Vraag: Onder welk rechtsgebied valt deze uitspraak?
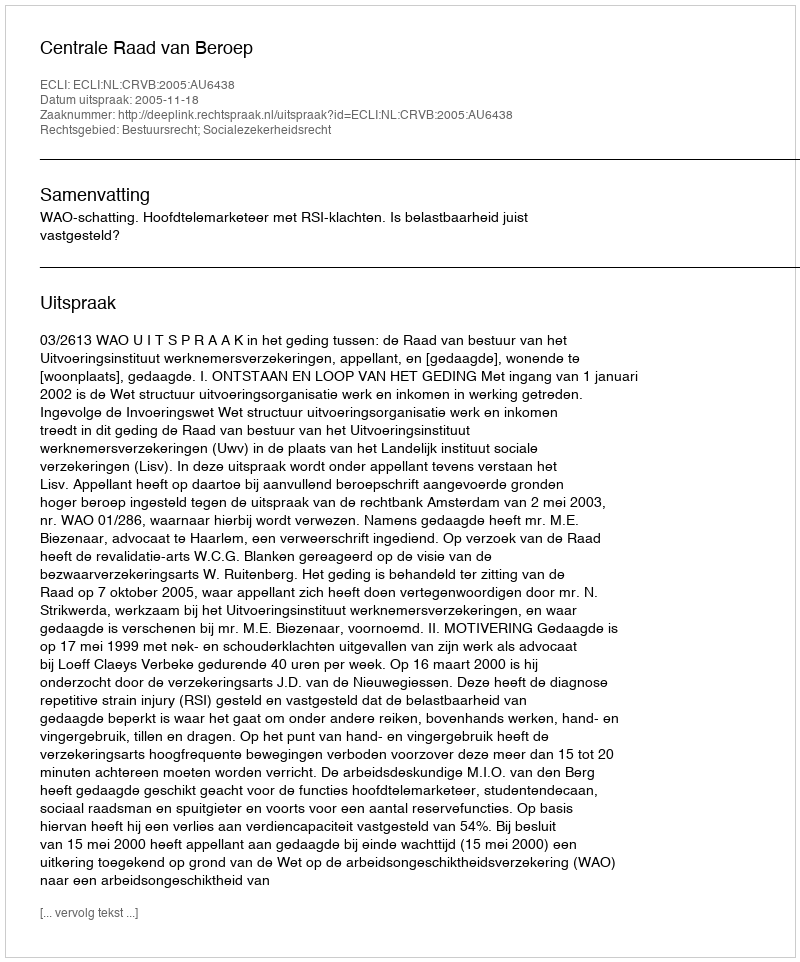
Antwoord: Bestuursrecht; Socialezekerheidsrecht